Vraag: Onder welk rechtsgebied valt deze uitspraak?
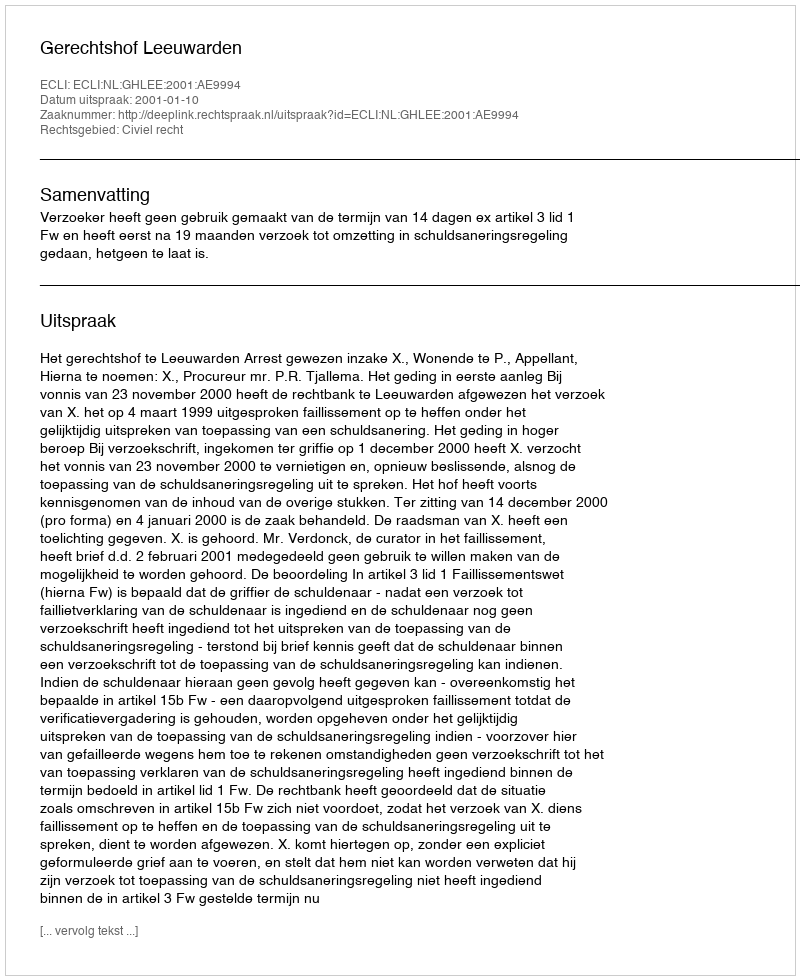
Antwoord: Civiel recht